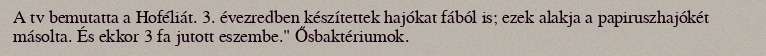
A tv bemutatta a Hoféliát. 3. évezredben készítettek hajókat fából is; ezek alakja a papiruszhajókét másolta. És ekkor 3 fa jutott eszembe." Ősbaktériumok.